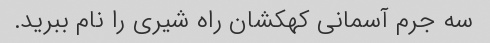
سه جرم آسمانی کهکشان راه شیری را نام ببرید.